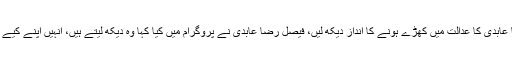
چیف جسٹس نے کہا کہ فیصل رضا عابدی کا عدالت میں کھڑے ہونے کا انداز دیکھ لیں، فیصل رضا عابدی نے پروگرام میں کیا کہا وہ دیکھ لیتے ہیں، انہیں اپنے کیے پر کوئی پشیمانی یا شرمندگی نہیں ۔